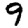
Digit: 9